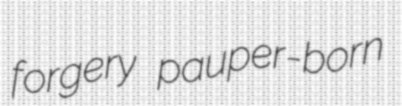
forgery pauper-born